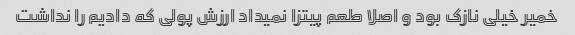
خمیر خیلی نازک بود و اصلا طعم پیتزا نمیداد ارزش پولی که دادیم را نداشت